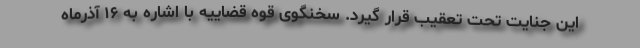
این جنایت تحت تعقیب قرار گیرد. سخنگوی قوه قضاییه با اشاره به ۱۶ آذرماه